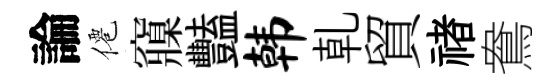
論僊䆿豔韩乹貿禇鴦